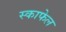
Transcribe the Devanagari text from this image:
स्काफेल